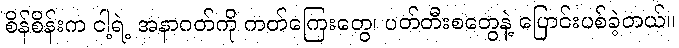
စိန်စိန်းက ငါ့ရဲ့ အနာဂတ်ကို ကတ်ကြေးတွေ၊ ပတ်တီးစတွေနဲ့ ပြောင်းပစ်ခဲ့တယ်။